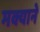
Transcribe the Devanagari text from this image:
मक्याने